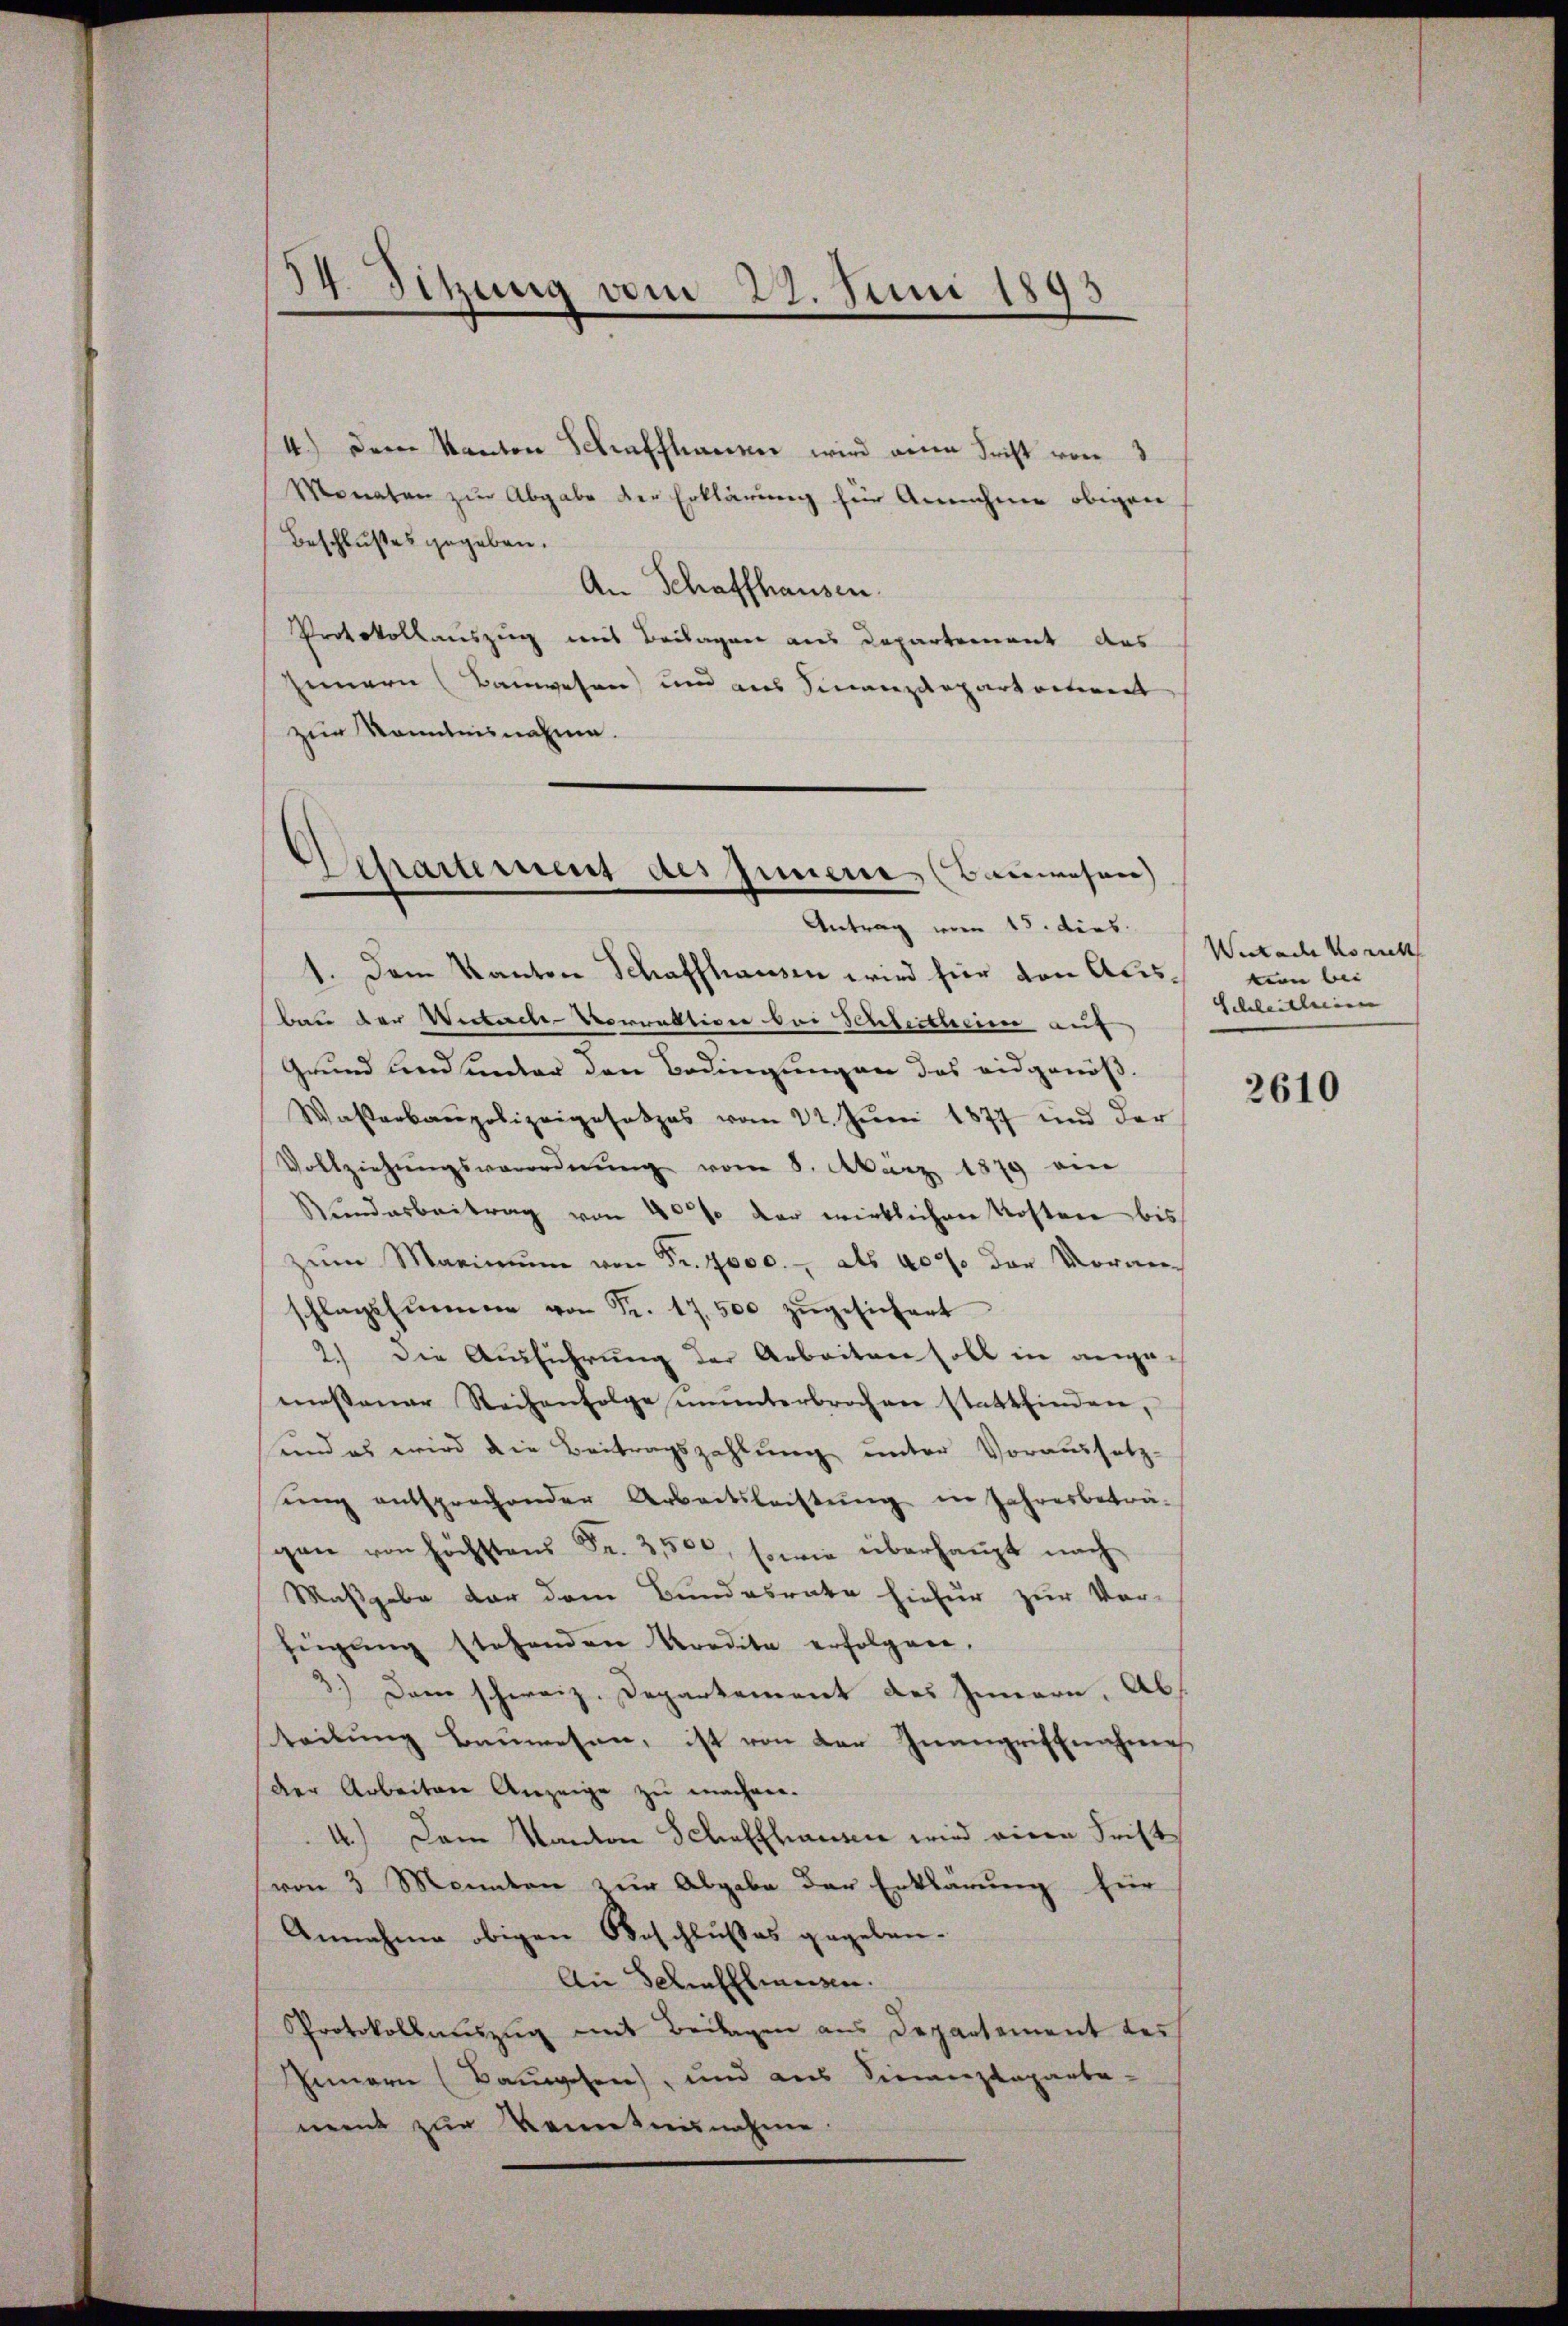
34. Sitzung vom 22. Juni 1893

4.) Der Kanton Schaffhauser wird an Frist von 3
Monaten zur Abgabe der Erklärung für Annahme obigen
Beschlußes gegeben.
An Schaffhausen.
Protokollauszug aus Beilagen aus Departement das
heinern (Bauwesen) und aus Sinanzdepartartient
zur Kenntnisnahme.
Antrag vom 15. dies
1. Dem Kanton Schaffhausen wird hier von Ausban der Verbache Vorrektiven bei Schleitheime auf
Grund und unter den Bedingungen das eidgenöß¬
Wasserbaupolizeigesetzes vom 21. Juni 1877 und der
Vollziehŭngsverordnŭng vom 8. März 1879 an
Rŭndarbeitrag von 40% der wirklichen Kosten bis
zŭm Maximŭm von Fr. 7000.- als 40% der Voranschlagssummer von Fr. 17,500 zŭgesichent
2.) Die Ausführung der Arbeiten soll in ange-
messener Reihenfolge ununterbrochen stattfinden,
sund es wird die Beitragszahlung unter Voraussetz-
ŭng entsprechender Arbeitsleistŭng in Jahresbeträ-
gen von höchstens Fr. 3500, sowie überhaupt nach
Maßgabe vor dem Bundesrate hiefür zur Vor-
fügung stehenden Kordita erfolgen,
3.) Dem schweiz. Departement des Innern, Abs
teilung Bauwesen, ist von der Inangriffnahme
der Arbeiten Anzeige zu machen.
4.) Dem Kanton Schaffhausen wird einen Frist
(von 3 Monnten zur Abgabe der Erklärung für
Annahme obigen Beschlußes gegeben.
An Gelieblingen.
Protokollauszug mit Beilagen aus Departement des
Innern (Bauwesen, und aus Siemenzkaparba-
ment zur Kenntnisnahme.

Separtement des Innern (Bauwesen)

Wertache Konk
ton bei
Schleitlein

2610